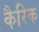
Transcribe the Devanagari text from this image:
कैरिक